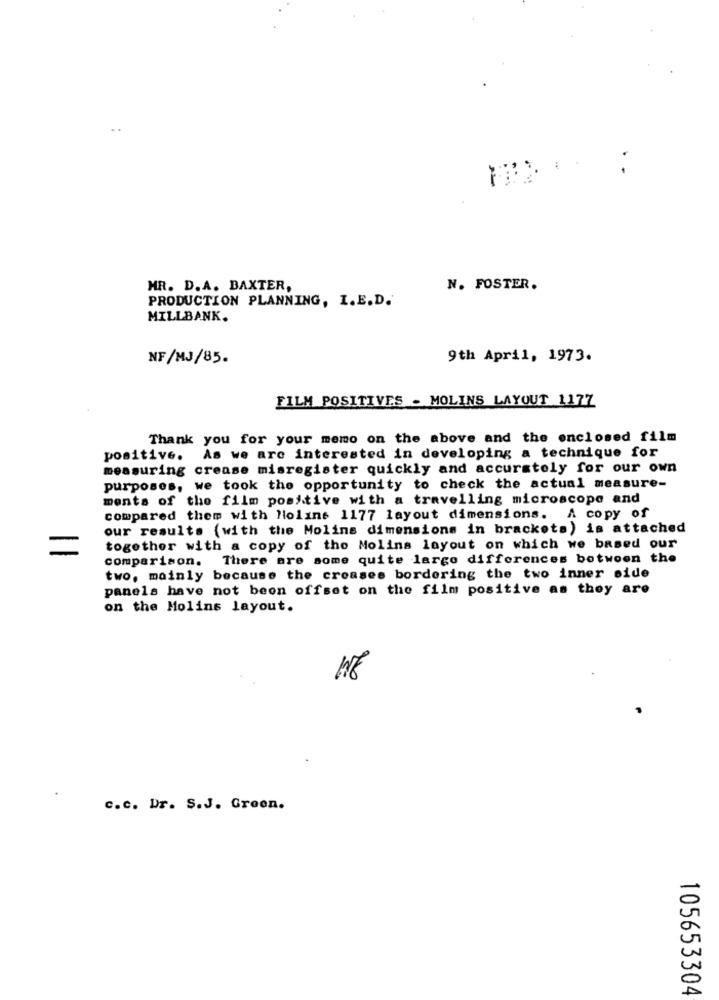
MR. D.A. BAXTER,
N. FOSTER.
PRODUCTION PLANNING, I.E.D.
MILLBANK.
NF/MJ/85.
9th April, 1973.
FILM POSITIVES - MOLINS LAYOUT 1177
Thank you for your memo on the above and the enclosed film
positive. As we are interested in developing a technique for
measuring crease misregister quickly and accurately for our own
purposes, we took the opportunity to check the actual measure-
ments of the film positive with a travelling microscope and
compared them with Nolans 1177 layout dimensions.
A copy of
our results (with the Molins dimensions in brackets) is attached
=
together with a copy of the Molins layout on which we based our
comparison. There are some quite largo differences between the
two, mainly because the creases bordering the two inner side
panels have not beon offset on the film positive as they are
on the Molins layout.
WE
c.c. Dr. S.J. Green.
105653304